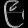
Digit: ၉